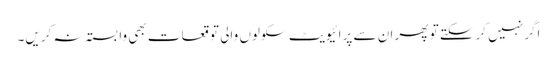
اگر نہیں کرسکتے تو پھر ان سے پرائیویٹ سکولوں والی توقعات بھی وابستہ نہ کریں۔